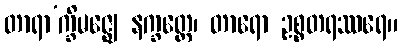
တာရာ’က္ခိမဇ္ဈေ နက္ခတ္တေ၊ တာရော ဥစ္စတရဿရေ။